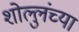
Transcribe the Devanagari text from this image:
शोल्लुंच्या